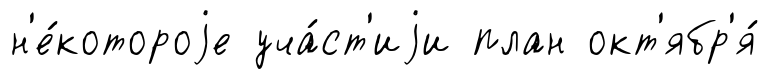
н'е́котороjе уча́ст'иjи план окт'ябр'я́